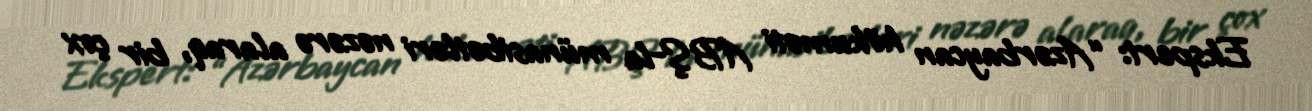
Ekspert: “Azərbaycan hökuməti ABŞ-la münasibətləri nəzərə alaraq, bir çox